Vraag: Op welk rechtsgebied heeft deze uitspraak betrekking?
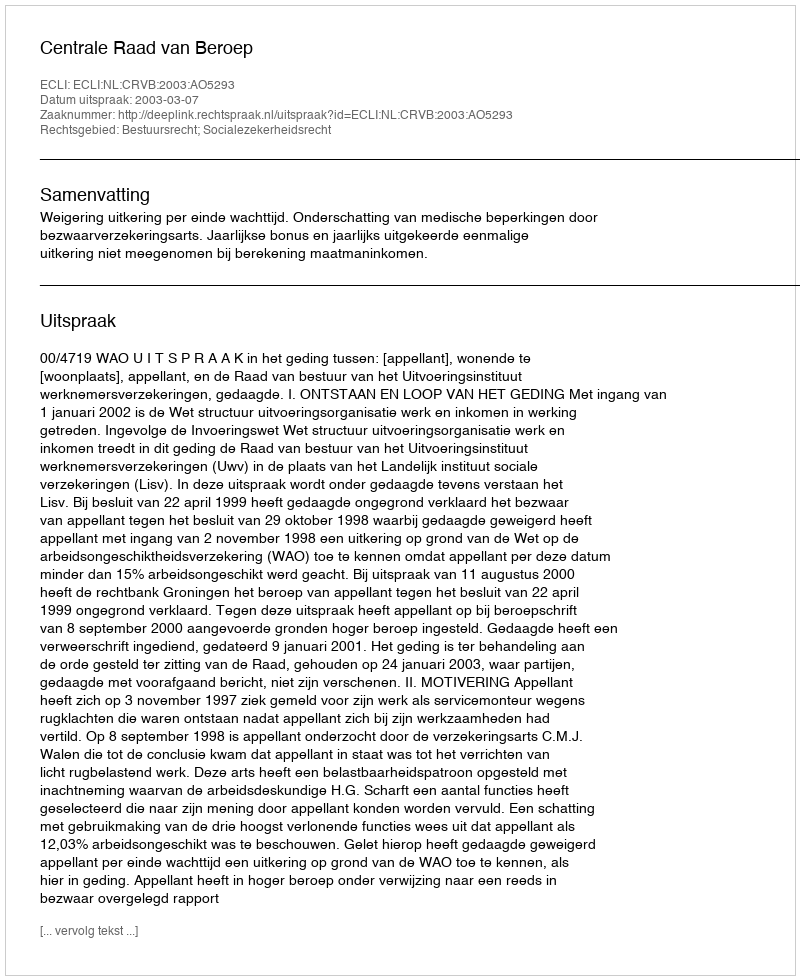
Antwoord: Bestuursrecht; Socialezekerheidsrecht